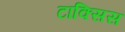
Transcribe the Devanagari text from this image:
टाक्सिस